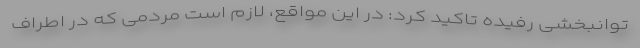
توانبخشی رفیده تاکید کرد: در این مواقع، لازم است مردمی که در اطراف